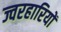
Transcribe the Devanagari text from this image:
ज्वरहारियों